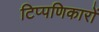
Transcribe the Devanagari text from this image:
टिप्पणिकारों